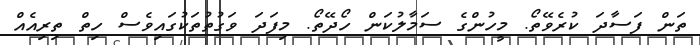
ތަން ފަސާދަ ކުރެވޭތޯ. މީހުންގެ ސަމާލުކަން ހޯދޭތޯ. މިފަދަ ވަގުތުތަކުގައިވެސް ހިތް ތިރިއެއް